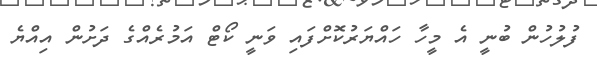
ފުލުހުން ބުނީ އެ މީހާ ހައްޔަރުކޮށްފައި ވަނީ ކޯޓް އަމުރެއްގެ ދަށުން އިއްޔެ